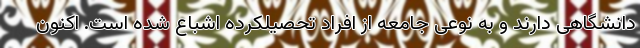
دانشگاهی دارند و به نوعی جامعه از افراد تحصیلکرده اشباع شده است. اکنون